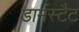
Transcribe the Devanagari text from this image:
डार्मस्टैट